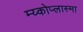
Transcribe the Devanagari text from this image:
म्य्कोप्लास्मा